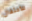
للأحتفال